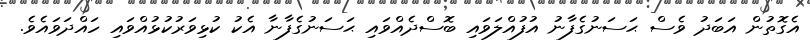
އެގޮތުން އަބަދު ވެސް ޙަސަނުގެފާނު އުފުއްލަވައި ބޮސްދެއްވައި ޙަސަނުގެފާނާ އެކު ކުޅިވަރުކުޅުއްވައި ހައްދަވައެވެ.